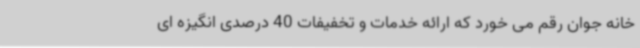
خانه جوان رقم می خورد که ارائه خدمات و تخفیفات 40 درصدی انگیزه ای